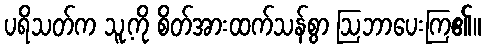
ပရိသတ်က သူ့ကို စိတ်အားထက်သန်စွာ ဩဘာပေးကြ၏။